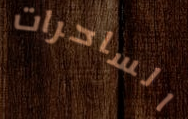
الساحرات